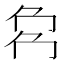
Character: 𠜌